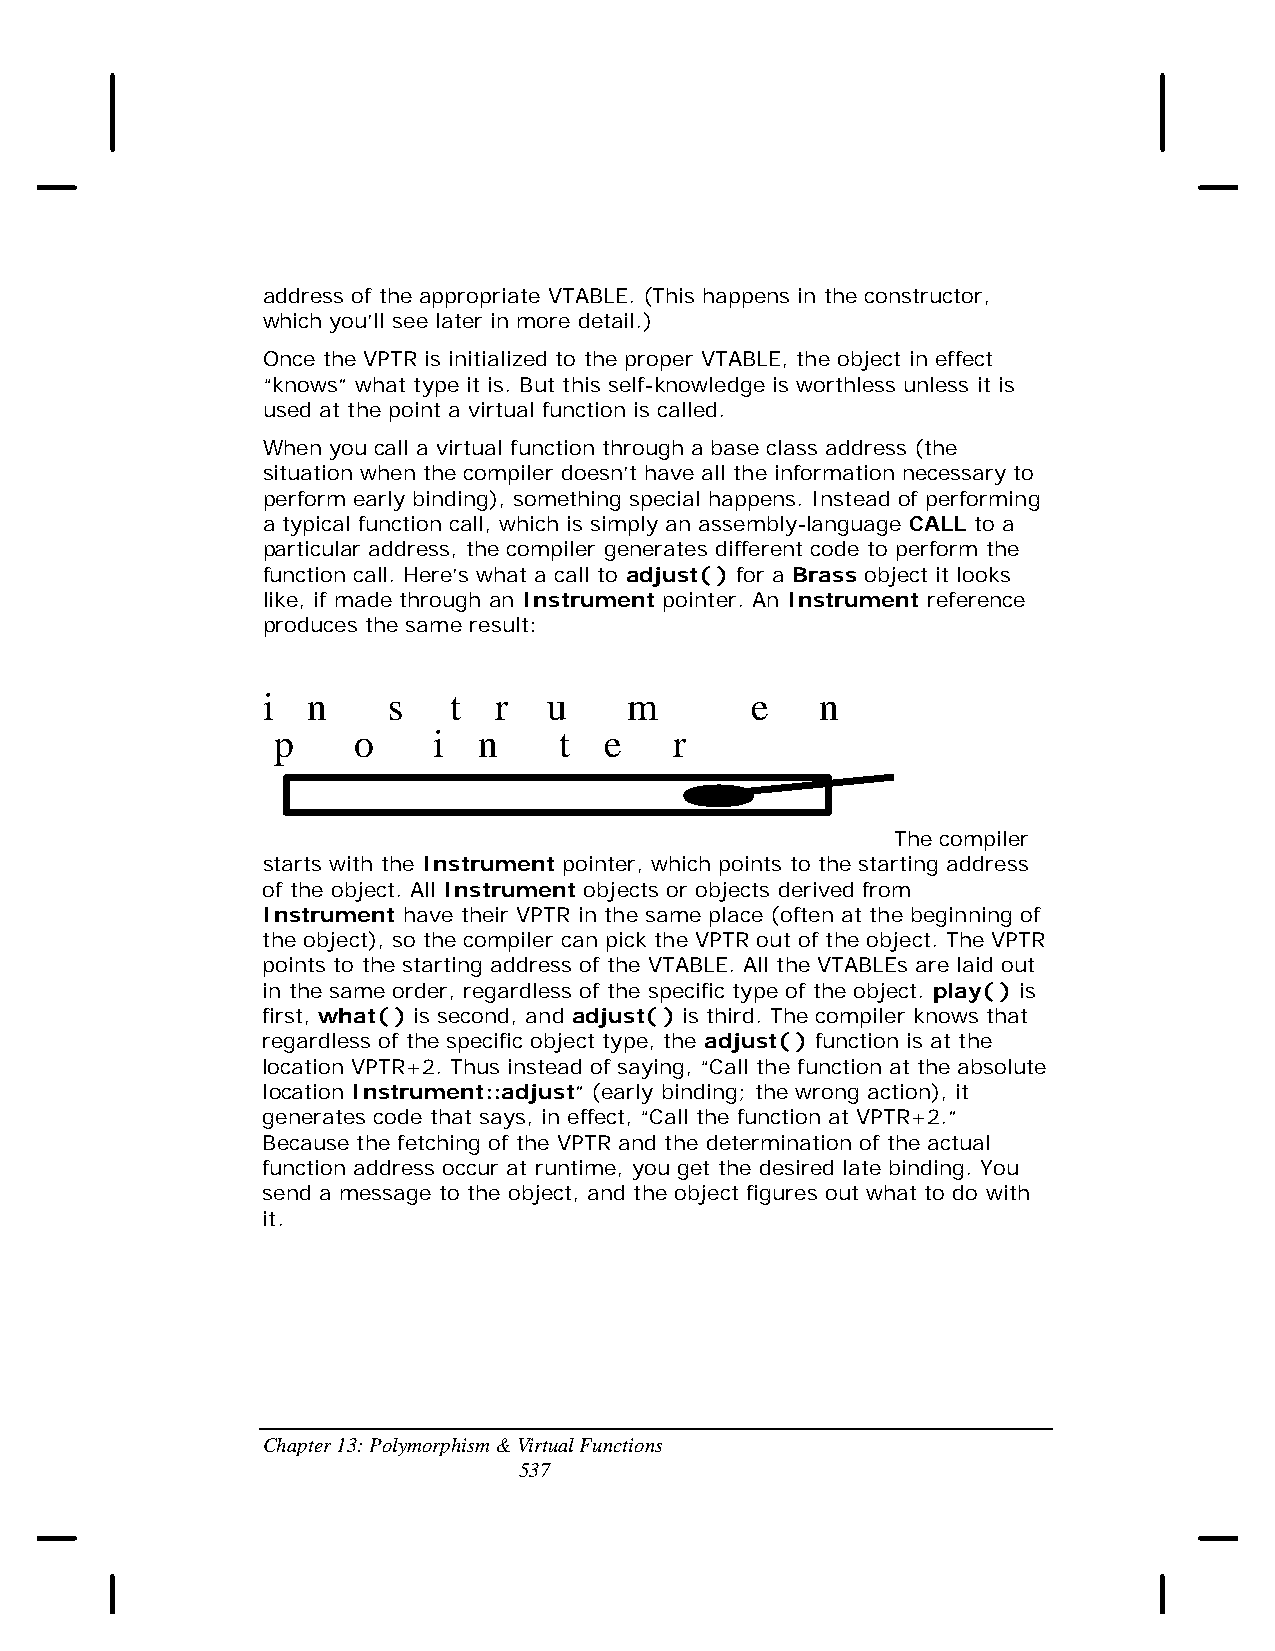
address of the appropriate VTABLE. (This happens in the constructor,
 which you’ll see later in more detail.)
 Once the VPTR is initialized to the proper VTABLE, the object in effect
 “knows” what type it is. But this self-knowledge is worthless unless it is
 used at the point a virtual function is called.
 When you call a virtual function through a base class address (the
 situation when the compiler doesn’t have all the information necessary to
 perform early binding), something special happens. Instead of performing
 a typical function call, which is simply an assembly-language CALL to a
 particular address, the compiler generates different code to perform the
 function call. Here’s what a call to adjust( ) for a Brass object it looks
 like, if made through an Instrument pointer. An Instrument reference
 produces the same result:
 instrumen      t
 p    ointe    r
 The compiler
 starts with the Instrument pointer, which points to the starting address
 of the object. All Instrument objects or objects derived from
 Instrument have their VPTR in the same place (often at the beginning of
 the object), so the compiler can pick the VPTR out of the object. The VPTR
 points to the starting address of the VTABLE. All the VTABLEs are laid out
 in the same order, regardless of the specific type of the object. play( ) is
 first, what( ) is second, and adjust( ) is third. The compiler knows that
 regardless of the specific object type, the adjust( ) function is at the
 location VPTR+2. Thus instead of saying, “Call the function at the absolute
 location Instrument::adjust” (early binding; the wrong action), it
 generates code that says, in effect, “Call the function at VPTR+2.”
 Because the fetching of the VPTR and the determination of the actual
 function address occur at runtime, you get the desired late binding. You
 send a message to the object, and the object figures out what to do with
 it.
 Chapter 13: Polymorphism & Virtual Functions
 537